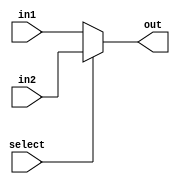
module mux_for_destination_register
(
	output reg [4:0] out,
	input select,
	input [4:0] in1, 
	input [4:0] in2
);

always @ (in1 or in2 or select) begin
	if (select == 1'b0)
		out = in1;
	else	
		out = in2;
end


endmodule